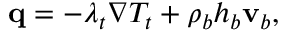
\begin{array} { r } { \mathbf q = - \lambda _ { t } \nabla T _ { t } + \rho _ { b } h _ { b } \mathbf v _ { b } , } \end{array}